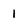
Character: 1